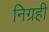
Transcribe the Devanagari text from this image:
निग्रही